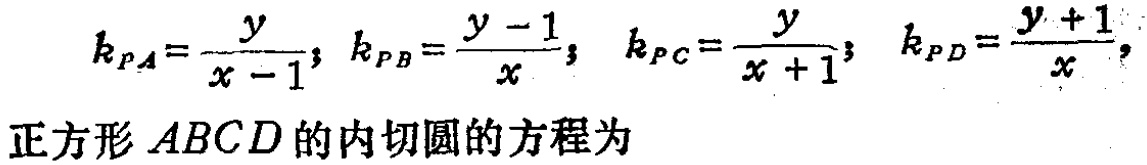
\[
k_{PA}=\frac{y}{x - 1}, \quad k_{PB}=\frac{y - 1}{x}, \quad k_{PC}=\frac{y}{x + 1}, \quad k_{PD}=\frac{y + 1}{x},
\]
正方形 \(ABCD\) 的内切圆的方程为